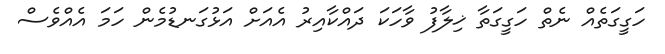
ހަގީގަތެއް ނެތް ހަގީގަތާ ޚިލާފު ވާހަކަ ދައްކާއިރު އެއަށް އަޅުގަނޑުމެން ހަމަ އެއްވެސް